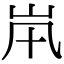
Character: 𡵵